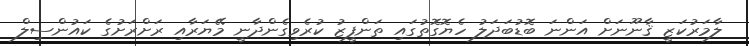
ލާމަރުކަޒީ ޤާނޫނަށް އަންނަ ބޮޑުބަދަލު ހެޔޮގޮތުގައި ތަންފީޒު ކުރެވިގެންދާނީ މޭޔަރާއި ރަށްރަށުގެ ކައުންސިލް